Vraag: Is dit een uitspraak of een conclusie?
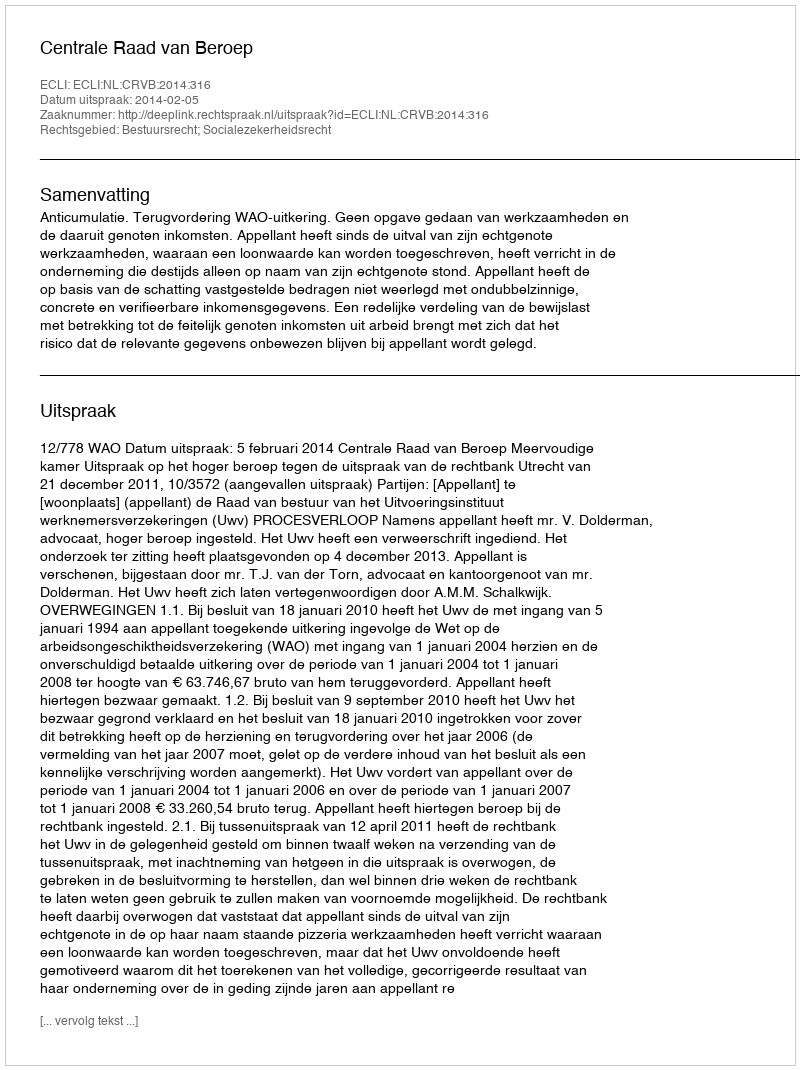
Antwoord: Uitspraak